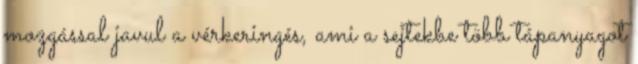
mozgással javul a vérkeringés, ami a sejtekbe több tápanyagot